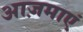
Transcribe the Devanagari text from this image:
आज़माएं